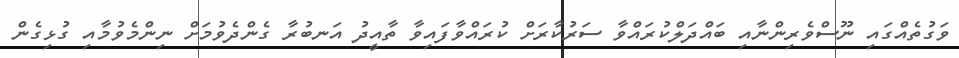
ވަގުތެއްގައި ނޫސްވެރިންނާއި ބައްދަލްކުރައްވާ ސަރުކާރަށް ކުރައްވާފައިވާ ތާއީދު އަނބުރާ ގެންދެވުމަށް ނިންމެވުމާއި ގުޅިގެން